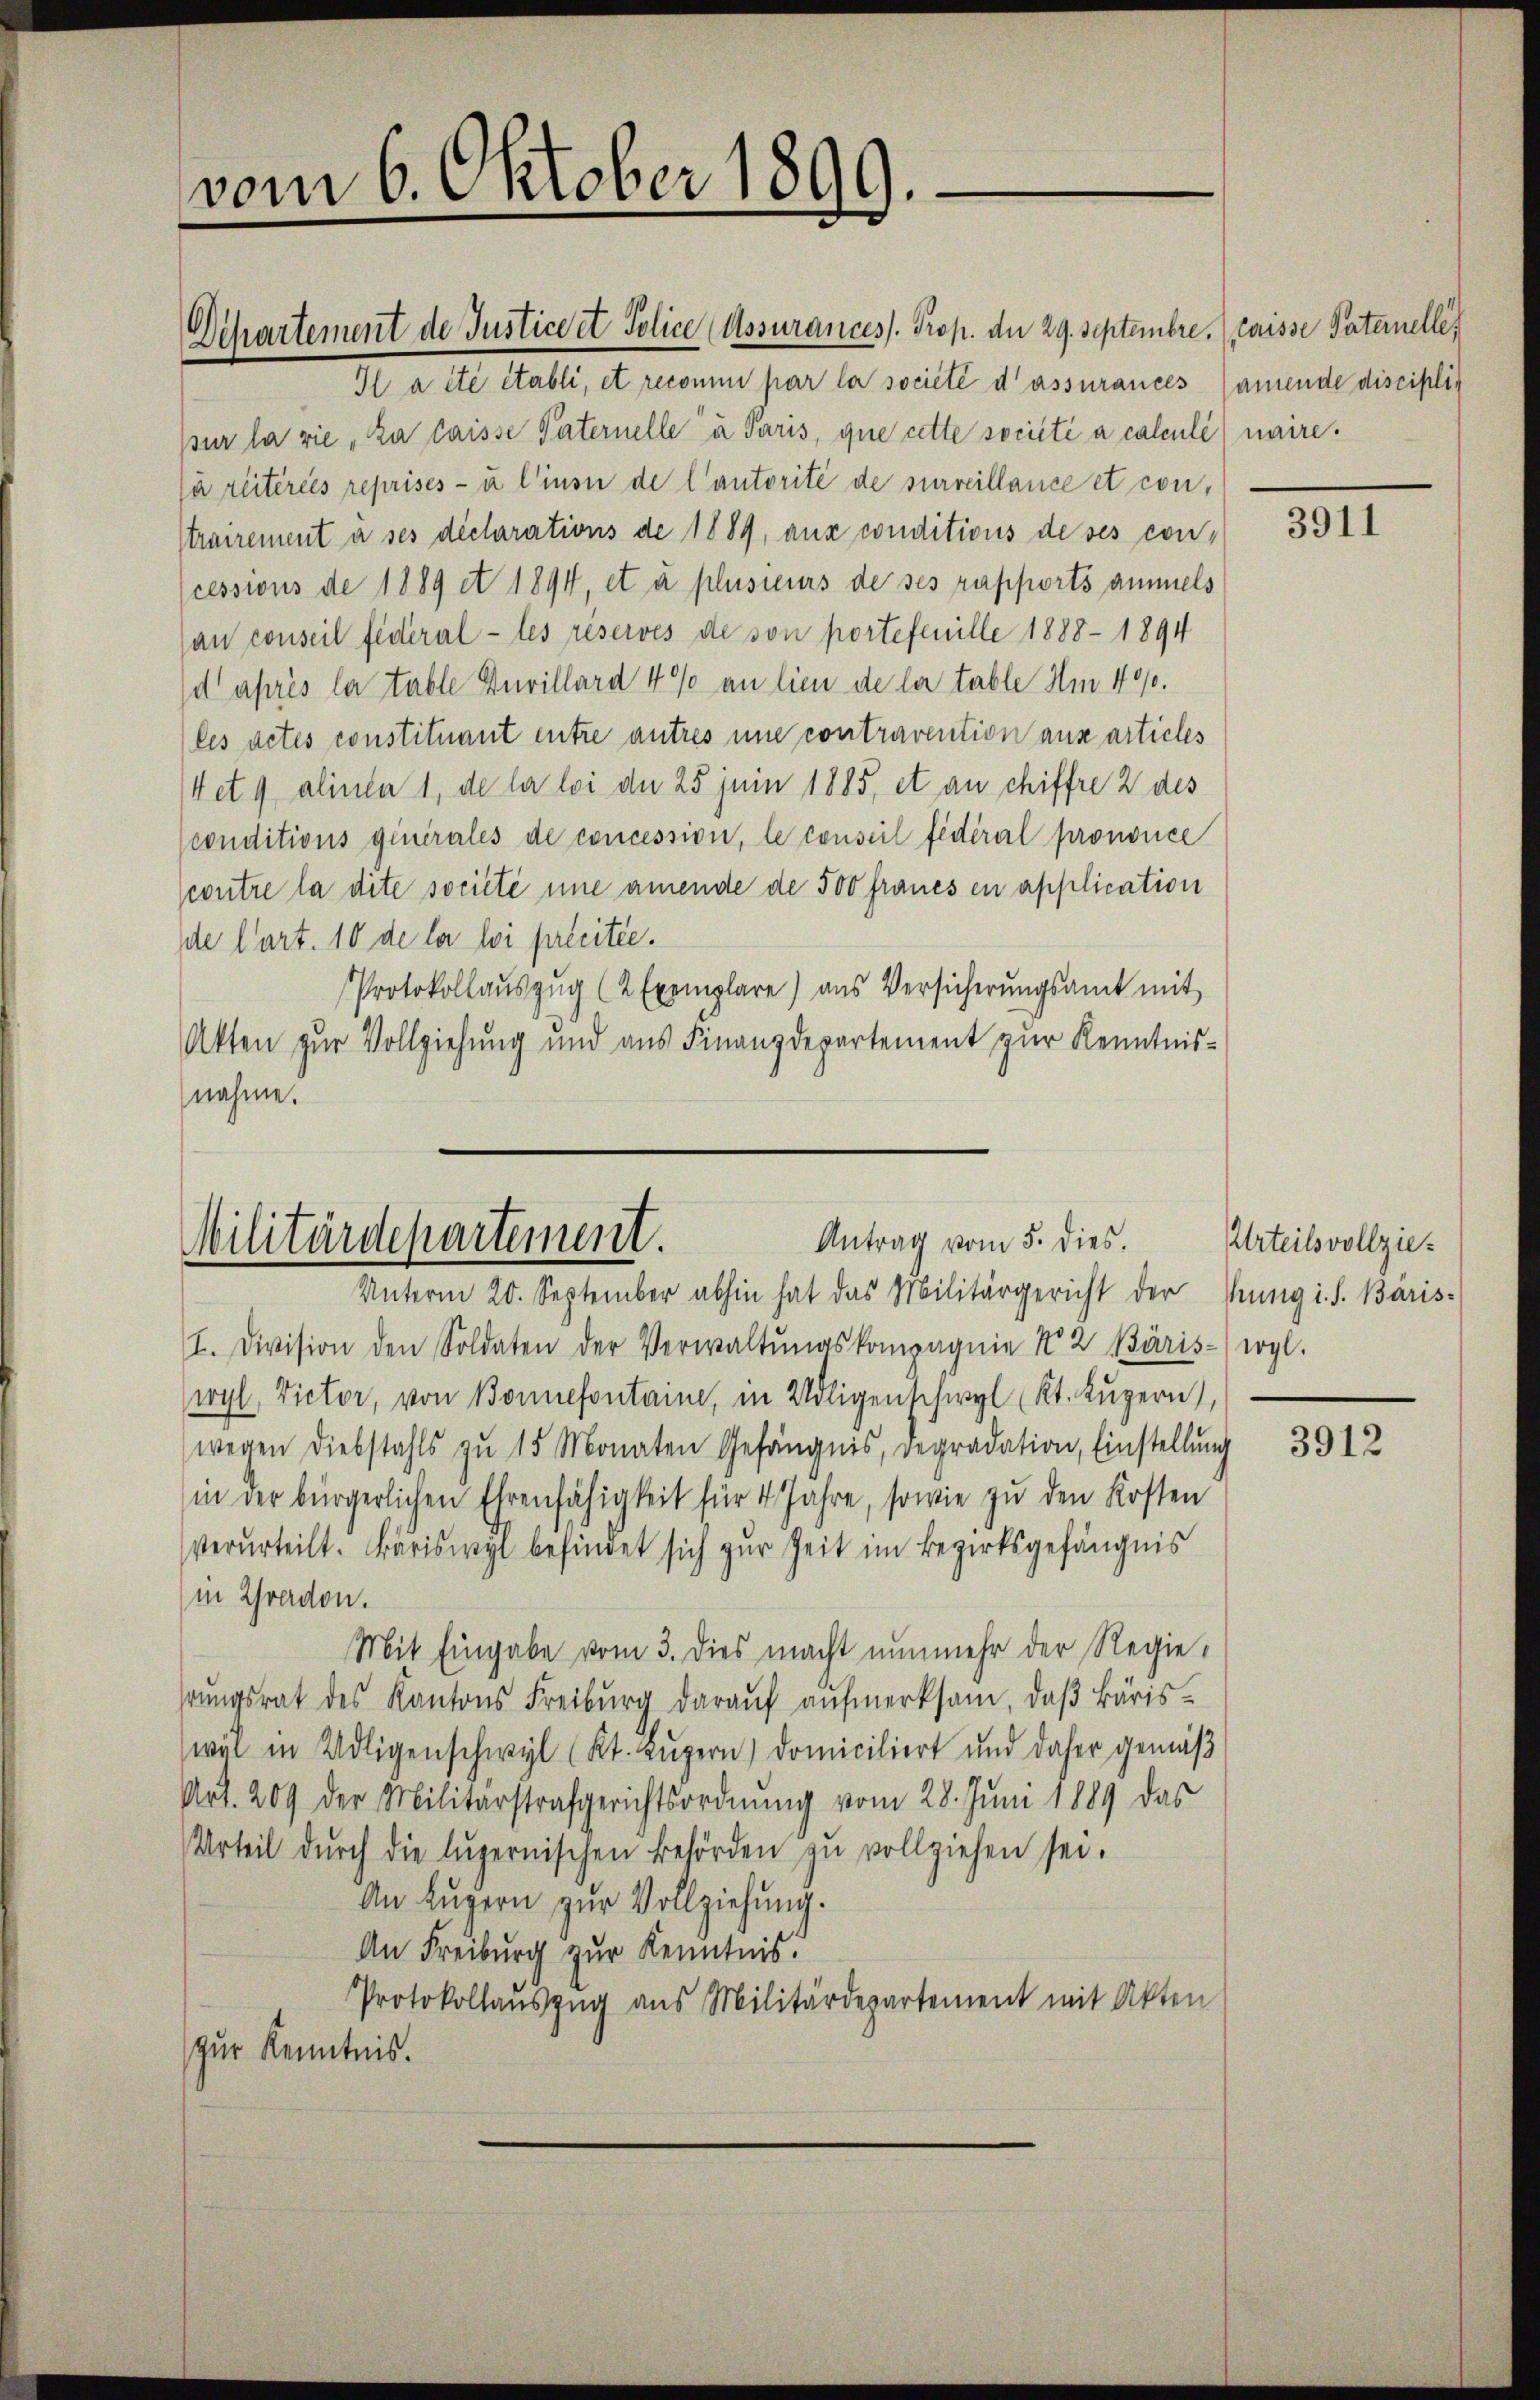
vom 6. Oktober 1899.

Antrag vom 5. dies.
Militärdepartement.

Dchartement de Justice et Police (Assurancess. Prop. der 29. Septembre.
Il a été établi, et reconnu par la société d’assurances
pur la vie, zu laisse Paternelle a Paris, que cette société à calculi) naire.
la reitereis reprises - u l’insu de lautorité de surveillance et contrairement à ses déclarations de 1889, aux conditions de ses con-
cessions de 1889 et 1894, et à plusieurs de ses rapports ammels
an conseil federal - les reservés de von portefeuille 1888 - 1894
d après le table Invillard 4% an lien de le table Am 400.
les actes constituant entre autres une contravention aux articles
(et 9 alinter 1, de la loi der 25 juni 1885, et an chiffre 2 des
sconditions generales de concession, le conseil fédéral prononce
contre la dite societé une amende de 500 Fraues en application
de Cart. 10 de la loi précitée.
Protokollauszug (2 Exemplare) aus Versicherŭngsamt mit
Akten zur Vollziehung und aus Finanzdepartement zur Kenntnis-
nahme.

Unterm 20. September abhin hat das Militärgericht der Küng i. S. Bäris-
I. Division den Soldaten der Verwaltŭngskompagnie No 2 Bäris-) ergl.
wyl, Victor, von Bonnefontaine, in Adligenschwyl Kt. Luzern),
wegen Diebstahls zŭ 15 Monaten Gefängnis, regradation, Einstellŭng
in der bürgerlichen Ehrenfähigkeit für 4 Jahre, sowie zu den Kosten
verurteilt. Bäriswyl befindet sich zur Zeit im Bezirksgefängnis
in Wadon.
Mit Eingabe vom 3. dies macht nunmehr der Regierŭngsrat des Kantons Freiburg daraŭf aŭfmerksam, daβ Bäris-
wil in Adligenschwyl (Kt. Luzern) domiciliert und daher gemäß
Art. 209 der Militärstrafgerichtsordnung vom 28. Juni 1889 das
Urteil dŭrch die luzernischen Behörden zŭ vollziehen sei.
An Luzern zur Vollziehung.
An Freiburg zur Kenntnis.
Protokollauszug aus Militärdepartement mit Akten
zur Kenntnis.

laisse Paternellen
amende disciplic

3911

Urteilsvollzie¬

3912